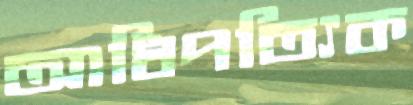
আধিপত্যিক